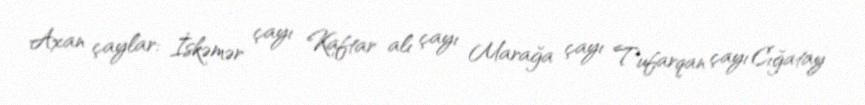
Axan çaylar: İskəmər çayı Kaftar alı çayı Marağa çayı Tufarqan çayı Cığatay